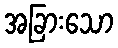
အခြားသော